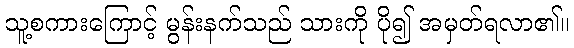
သူ့စကားကြောင့် မွန်းနက်သည် သားကို ပို၍ အမှတ်ရလာ၏။